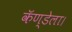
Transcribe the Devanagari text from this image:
कॅण्डेला।